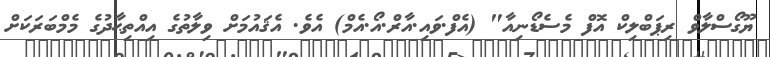
ޔޫގޯސްލާވް ރިޕަބްލިކް އޮފް މެސެޑޯނިއާ" (އެފް.ވައި.އާރް.އޯ.އެމް) އެވެ. އެޤައުމަށް ވިލާތުގެ އިއްތިޙާދުގެ މެމްބަރަކަށް